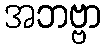
အဘဗ္ဗာ